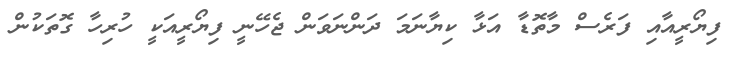
ފިޔޯރީއާއި ފަރެސް މާތޮޑާ އަޅާ ކިޔާނަމަ ދަންނަވަން ޖެހޭނީ ފިޔޯރީއަކީ ހުރިހާ ގޮތަކުން